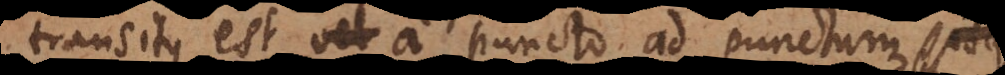
transitus est vel a puncto ad punctum; is